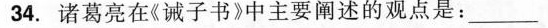
34.诸葛亮在《诫子书》中主要阐述的观点是：___